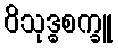
ဝိသုဒ္ဓစက္ခူ